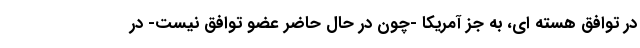
در توافق هسته ای، به جز آمریکا -چون در حال حاضر عضو توافق نیست- در